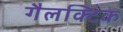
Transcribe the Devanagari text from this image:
गैलक्टिक